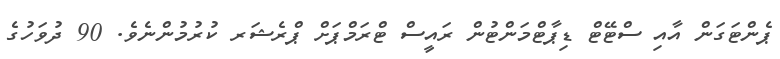
ޕެންޓަގަން އާއި ސްޓޭޓް ޑިޕާޓްމަންޓުން ރައީސް ޓްރަމްޕަށް ޕްރެޝަރ ކުރުމުންނެވެ. 90 ދުވަހުގެ